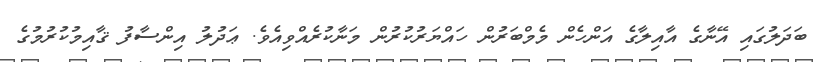
ބަދަލުގައި އޭނާގެ އާއިލާގެ އަންހެން މެމްބަރުން ހައްޔަރުކުރުން މަނާކުރެއްވިއެވެ. ޢަދުލު އިންސާފު ޤާއިމުކުރުމުގެ